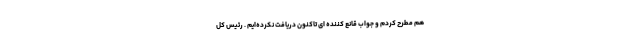
هم مطرح کردم و جواب قانع کننده ای تاکنون دریافت نکرده‌ایم . رئیس کل